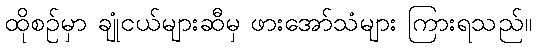
ထိုစဉ်မှာ ချုံငယ်များဆီမှ ဖားအော်သံများ ကြားရသည်။